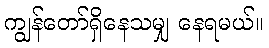
ကျွန်တော်ရှိနေသမျှ နေရမယ်။